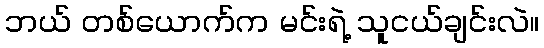
ဘယ် တစ်ယောက်က မင်းရဲ့ သူငယ်ချင်းလဲ။